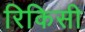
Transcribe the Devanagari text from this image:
रिकिसी